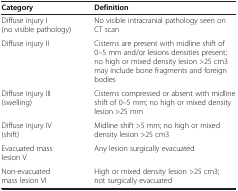
<table><thead><tr><td><b>Category</b></td><td><b>Definition</b></td></tr></thead><tbody><tr><td>Diffuse injury I (no visible pathology)</td><td>No visible intracranial pathology seen on CT scan</td></tr><tr><td>Diffuse injury II</td><td>Cisterns are present with midline shift of 0–5 mm and/or lesions densities present; no high or mixed density lesion &gt;25 cm3 may include bone fragments and foreign bodies</td></tr><tr><td>Diffuse injury III (swelling)</td><td>Cisterns compressed or absent with midline shift of 0–5 mm; no high or mixed density lesion &gt;25 mm</td></tr><tr><td>Diffuse injury IV (shift)</td><td>Midline shift &gt;5 mm; no high or mixed density lesion &gt;25 cm3</td></tr><tr><td>Evacuated mass lesion V</td><td>Any lesion surgically evacuated</td></tr><tr><td>Non-evacuated mass lesion VI</td><td>High or mixed density lesion &gt;25 cm3; not surgically evacuated</td></tr></tbody></table>